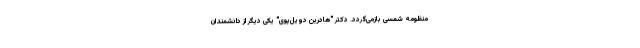
منظومه شمسی بازمی‌گردد. دکتر "هادرین دویل‌پوی" یکی دیگر از دانشمندان